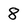
Character: 8